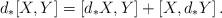
LaTeX: \begin{align*} d_*[X,Y]=[d_*X,Y]+[X,d_*Y]\,. \end{align*}